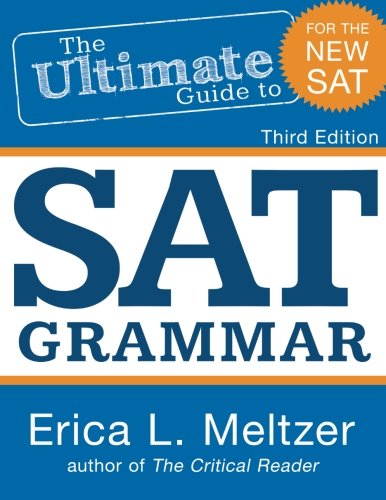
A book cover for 3rd Edition, The Ultimate Guide to SAT Grammar; Erica L. Meltzer; Test Preparation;